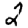
Digit: 2